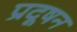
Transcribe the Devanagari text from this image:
प्रदूषन